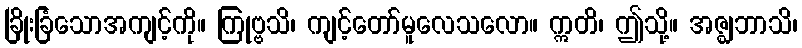
ခြိုးခြံသောအကျင့်ကို။ ကြုဗ္ဗသိ၊ ကျင့်တော်မူလေသလော။ ဣတိ၊ ဤသို့။ အဇ္ဈဘာသိ၊